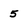
Character: 5